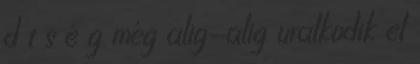
d t s é g még alig-alig uralkodik el